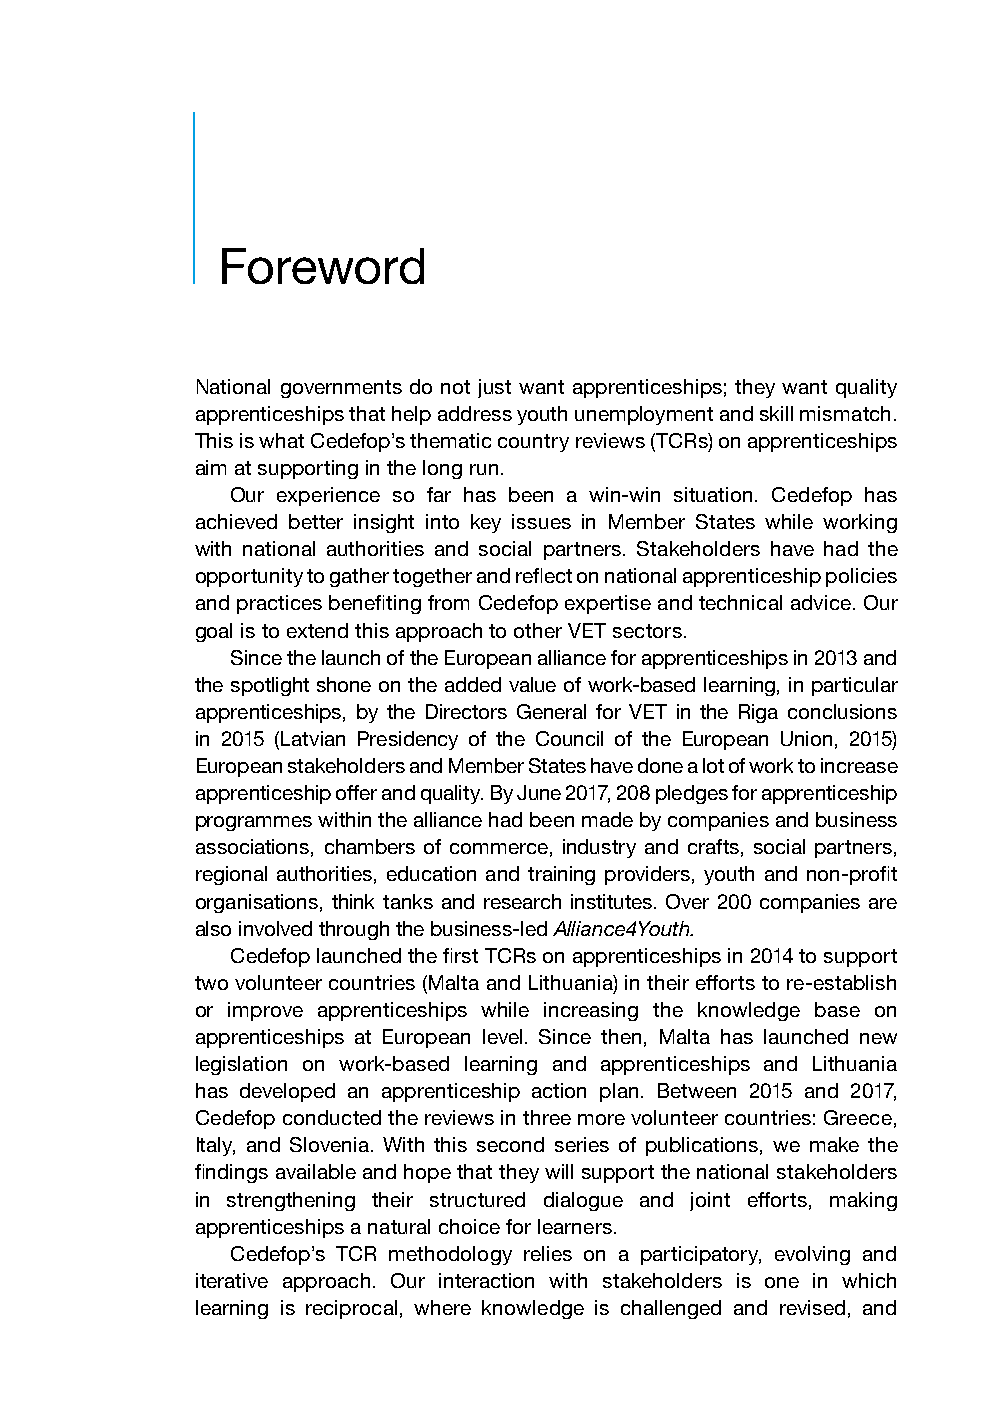
Foreword
 National governments do not just want apprenticeships; they want quality
 apprenticeships that help address youth unemployment and skill mismatch.
 This is what Cedefop’s thematic country reviews (TCRs) on apprenticeships
 aim at supporting in the long run.
 Our experience so far has been a win-win situation. Cedefop has
 achieved better insight into key issues in Member States while working
 with national authorities and social partners. Stakeholders have had the
 opportunity to gather together and reflect on national apprenticeship policies
 and practices benefiting from Cedefop expertise and technical advice. Our
 goal is to extend this approach to other VET sectors.
 Since the launch of the European alliance for apprenticeships in 2013 and
 the spotlight shone on the added value of work-based learning, in particular
 apprenticeships, by the Directors General for VET in the Riga conclusions
 in 2015 (Latvian Presidency of the Council of the European Union, 2015)
 European stakeholders and Member States have done a lot of work to increase
 apprenticeship offer and quality. By June 2017, 208 pledges for apprenticeship
 programmes within the alliance had been made by companies and business
 associations, chambers of commerce, industry and crafts, social partners,
 regional authorities, education and training providers, youth and non-profit
 organisations, think tanks and research institutes. Over 200 companies are
 also involved through the business-led Alliance4Youth.
 Cedefop launched the first TCRs on apprenticeships in 2014 to support
 two volunteer countries (Malta and Lithuania) in their efforts to re-establish
 or improve apprenticeships while increasing the knowledge base on
 apprenticeships at European level. Since then, Malta has launched new
 legislation on work-based learning and apprenticeships and Lithuania
 has developed an apprenticeship action plan. Between 2015 and 2017,
 Cedefop conducted the reviews in three more volunteer countries: Greece,
 Italy, and Slovenia. With this second series of publications, we make the
 findings available and hope that they will support the national stakeholders
 in strengthening their structured dialogue and joint efforts, making
 apprenticeships a natural choice for learners.
 Cedefop’s TCR methodology relies on a participatory, evolving and
 iterative approach. Our interaction with stakeholders is one in which
 learning is reciprocal, where knowledge is challenged and revised, and